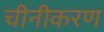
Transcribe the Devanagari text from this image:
चीनीकरण